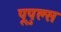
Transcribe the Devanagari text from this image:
पूपुल्स